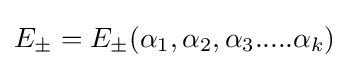
E_{\pm }=E_{\pm }(\alpha _{1},\alpha _{2},\alpha _{3}.....\alpha _{k})